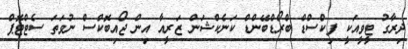
ދިރާގު ޓީވީއަކީ ފިކްސްޑް ބްރޯޑްބޭންޑް ކަނެކްޝަން ޒަރީއާ އިން ޖޯއިބޮކްސް ނުވަތަ ސެޓްޓޮޕް